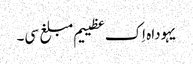
یہوداہ اِک عظییم مبلغ سی۔